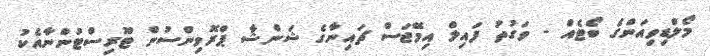
މޯލްޑިވިއަންގެ ބޯޓެއް - ވަގުތު ފައިލް އިމޭޖަސް ޗައިނާގެ ޝަންޝާ ޕްރޮވިންސުން ޓޫރިސްޓުންނާއެކު